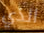
الذي